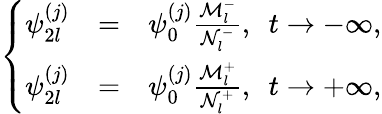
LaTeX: \begin{array}{r}{\left\{ \begin{array}{ccc}{\psi_{2l}^{(j)}}&{=}&{\psi_{0}^{(j)}\frac{\mathcal{M}_{l}^{-}}{\mathcal{N}_{l}^{-}},~~t\rightarrow-\infty,}\\ {\psi_{2l}^{(j)}}&{=}&{\psi_{0}^{(j)}\frac{\mathcal{M}_{l}^{+}}{\mathcal{N}_{l}^{+}},~~t\rightarrow+\infty,}\end{array}\right.}\end{array}